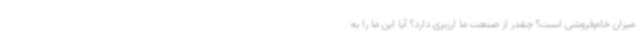
میزان خام‌فروشی است؟ چقدر از صنعت ما ارزبری دارد؟ آیا این ما را به